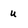
Character: u